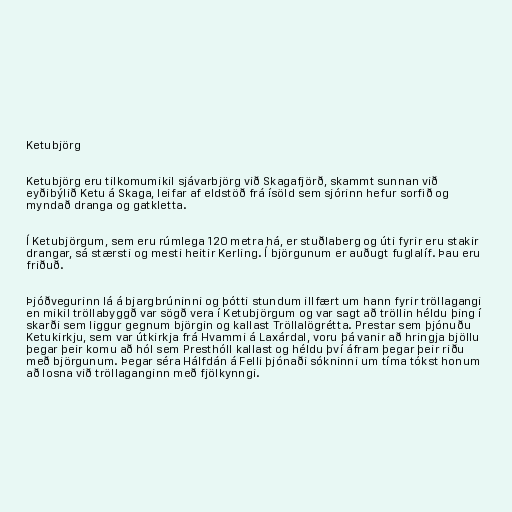
Ketubjörg

Ketubjörg eru tilkomumikil sjávarbjörg við Skagafjörð, skammt sunnan við
eyðibýlið Ketu á Skaga, leifar af eldstöð frá ísöld sem sjórinn hefur sorfið og
myndað dranga og gatkletta.

Í Ketubjörgum, sem eru rúmlega 120 metra há, er stuðlaberg og úti fyrir eru stakir
drangar, sá stærsti og mesti heitir Kerling. Í björgunum er auðugt fuglalíf. Þau eru
friðuð.

Þjóðvegurinn lá á bjargbrúninni og þótti stundum illfært um hann fyrir tröllagangi
en mikil tröllabyggð var sögð vera í Ketubjörgum og var sagt að tröllin héldu þing í
skarði sem liggur gegnum björgin og kallast Tröllalögrétta. Prestar sem þjónuðu
Ketukirkju, sem var útkirkja frá Hvammi á Laxárdal, voru þá vanir að hringja bjöllu
þegar þeir komu að hól sem Presthóll kallast og héldu því áfram þegar þeir riðu
með björgunum. Þegar séra Hálfdán á Felli þjónaði sókninni um tíma tókst honum
að losna við tröllaganginn með fjölkynngi.